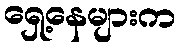
ရှေ့နေများက